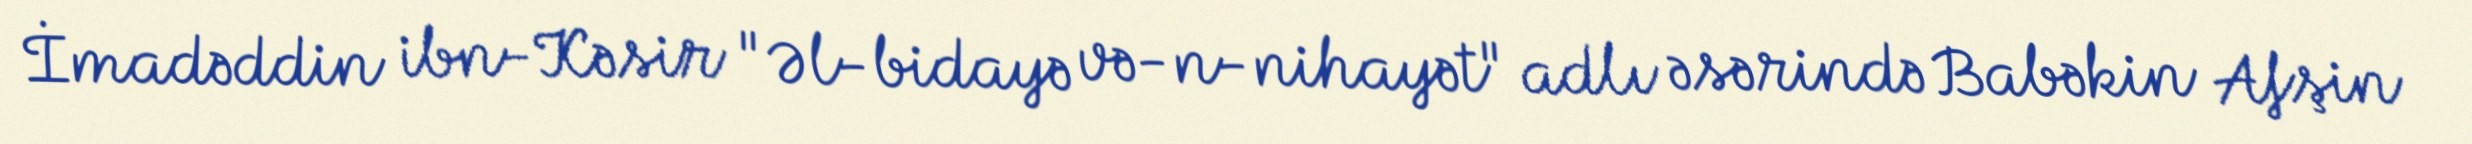
İmadəddin ibn-Kəsir "Əl-bidayə və-n-nihayət" adlı əsərində Babəkin Afşin